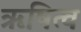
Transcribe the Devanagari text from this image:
ऋषित्व